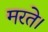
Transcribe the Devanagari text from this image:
मरते।